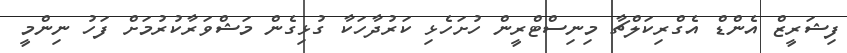
ފިޝަރީޒް އެންޑް އެގްރިކަލްޗާ މިނިސްޓްރީން ހުށަހެޅި ކަރުދާހަކާ ގުޅިގެން މަޝްވަރާކުރުމަށް ފަހު ނިންމީ